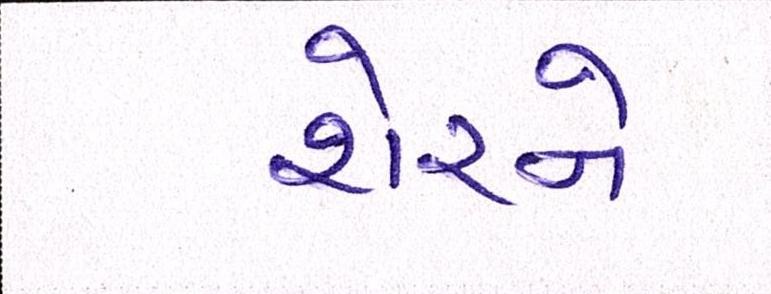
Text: શેરને